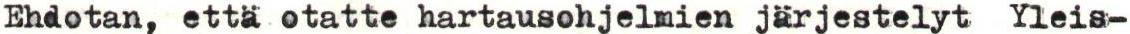
Ehdotan, että otatte hartausohjelmien järjestelyt Yleis-